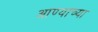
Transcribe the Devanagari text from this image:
आण्याच्या